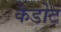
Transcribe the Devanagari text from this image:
कैडोट